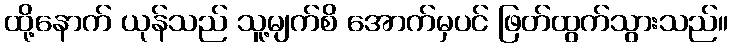
ထို့နောက် ယုန်သည် သူ့မျက်စိ အောက်မှပင် ဖြတ်ထွက်သွားသည်။